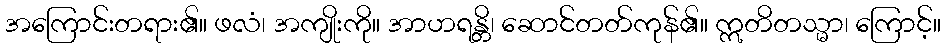
အကြောင်းတရား၏။ ဖလံ၊ အကျိုးကို။ အာဟရန္တိ၊ ဆောင်တတ်ကုန်၏။ ဣတိတသ္မာ၊ ကြောင့်။